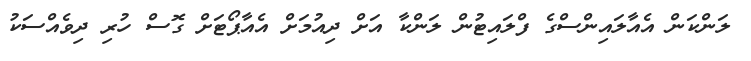
ލަންކަން އެއާލައިންސްގެ ފްލައިޓުން ލަންކާ އަށް ދިއުމަށް އެއާޕޯޓަށް ގޮސް ހުރި ދިވެއްސަކު